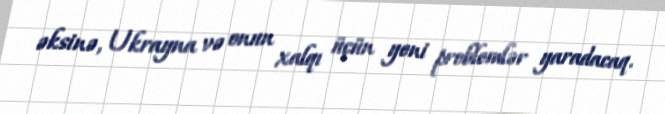
əksinə, Ukrayna və onun xalqı üçün yeni problemlər yaradacaq.